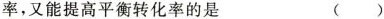
率，又能提高平衡转化率的是 ()